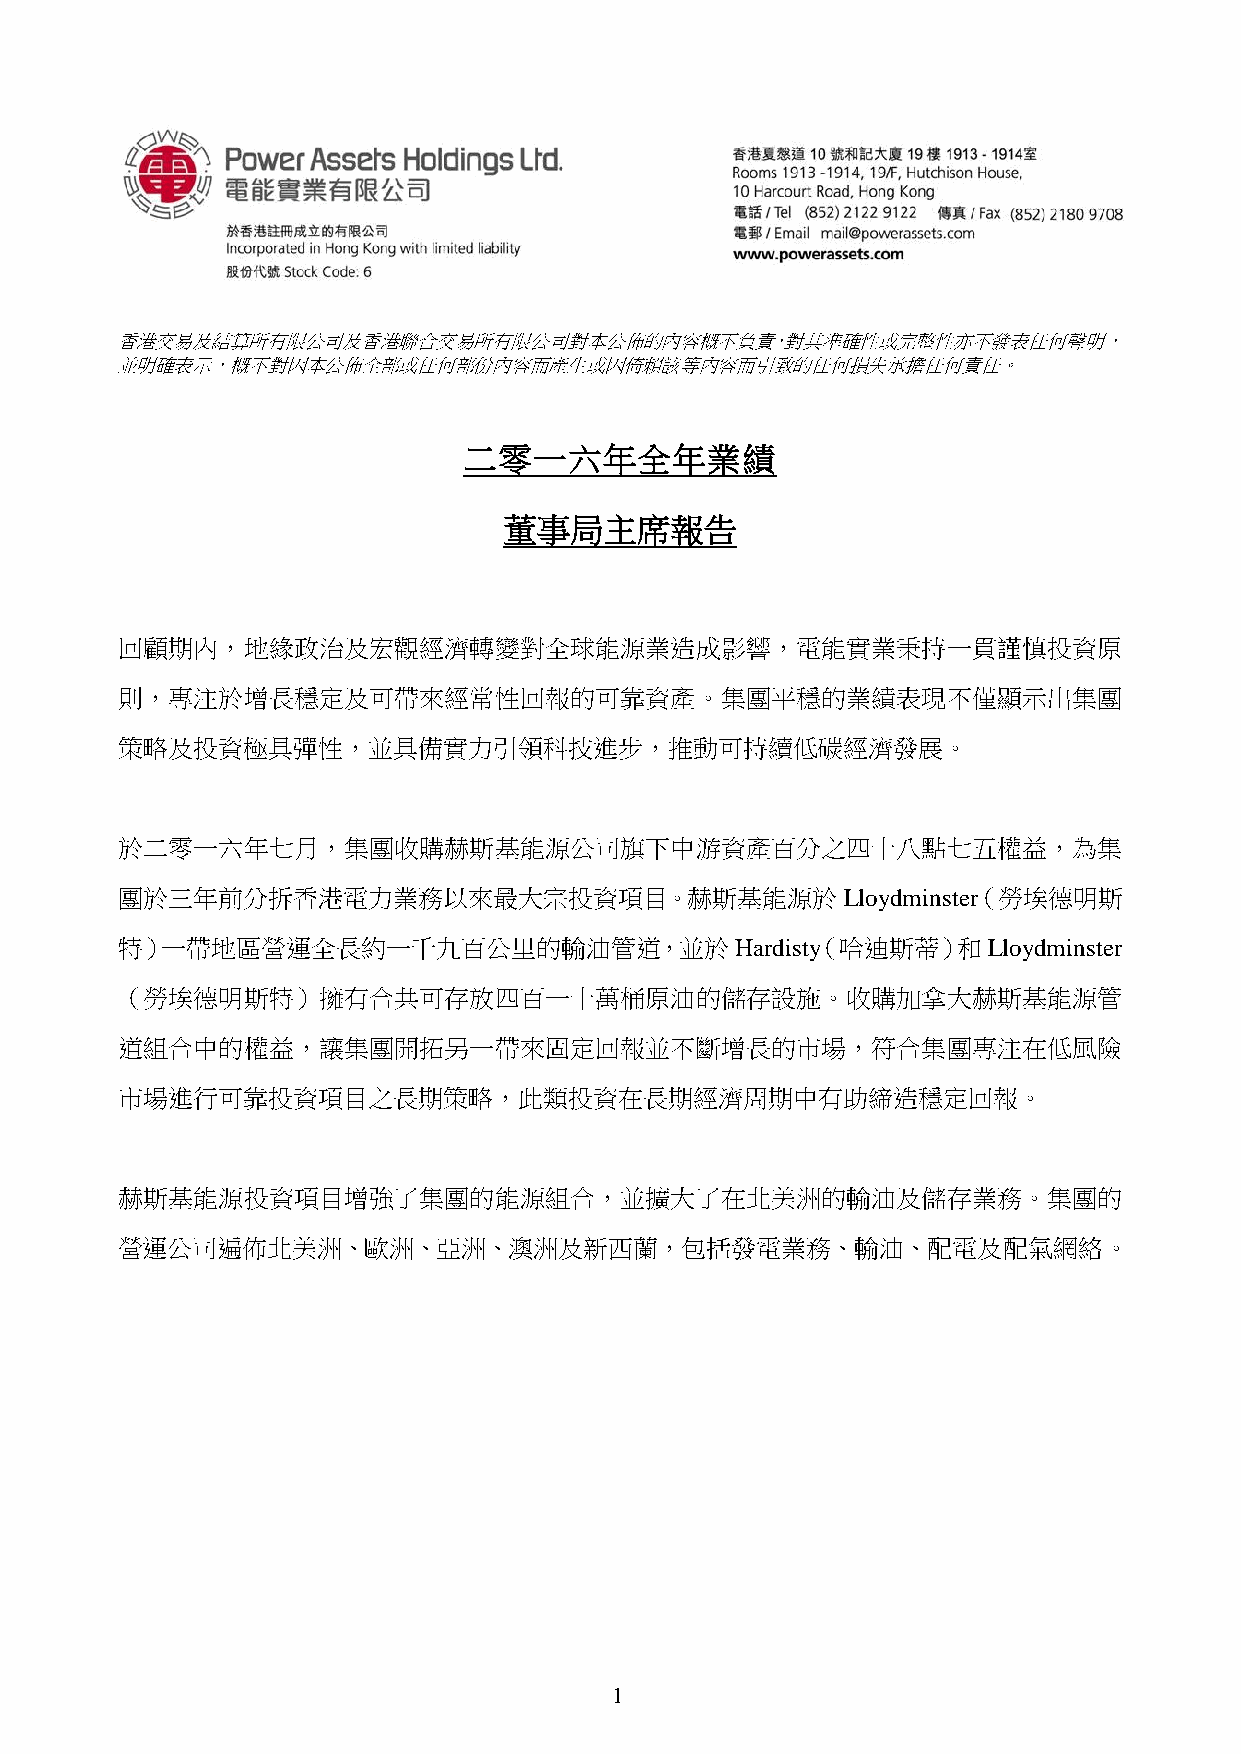
香港交易及結算所有限公司及香港聯合交易所有限公司對本公佈的內容概不負責，對其準確性或完整性亦不發表任何聲明，
 並明確表示，概不對因本公佈全部或任何部份內容而產生或因倚賴該等內容而引致的任何損失承擔任何責任。
 二零一六年全年業績
 董事局主席報告
 回顧期內，地緣政治及宏觀經濟轉變對全球能源業造成影響，電能實業秉持一貫謹慎投資原
 則，專注於增長穩定及可帶來經常性回報的可靠資產。集團平穩的業績表現不僅顯示出集團
 策略及投資極具彈性，並具備實力引領科技進步，推動可持續低碳經濟發展。
 於二零一六年七月，集團收購赫斯基能源公司旗下中游資產百分之四十八點七五權益，為集
 團於三年前分拆香港電力業務以來最大宗投資項目。赫斯基能源於                   Lloydminster（勞埃德明斯
 特）一帶地區營運全長約一千九百公里的輸油管道，並於Hardisty（哈迪斯蒂）和                 Lloydminster
 （勞埃德明斯特）擁有合共可存放四百一十萬桶原油的儲存設施。收購加拿大赫斯基能源管
 道組合中的權益，讓集團開拓另一帶來固定回報並不斷增長的市場，符合集團專注在低風險
 市場進行可靠投資項目之長期策略，此類投資在長期經濟周期中有助締造穩定回報。
 赫斯基能源投資項目增強了集團的能源組合，並擴大了在北美洲的輸油及儲存業務。集團的
 營運公司遍佈北美洲、歐洲、亞洲、澳洲及新西蘭，包括發電業務、輸油、配電及配氣網絡。
 1